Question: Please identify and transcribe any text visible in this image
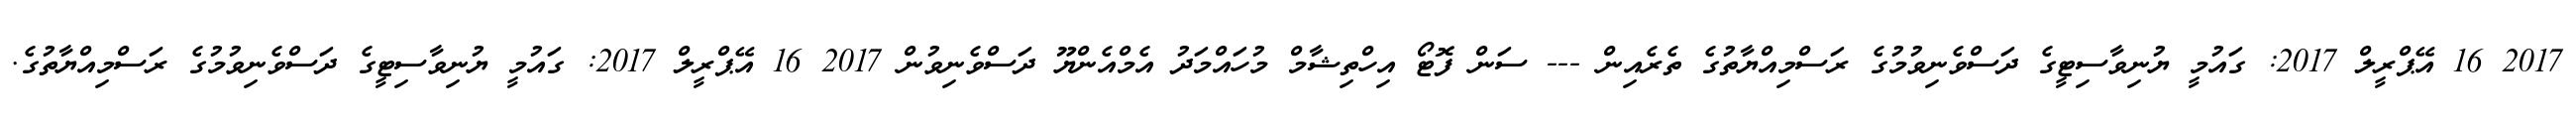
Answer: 2017 16 އޭޕްރީލް 2017: ގައުމީ ޔުނިވާސިޓީގެ ދަސްވެނިވުމުގެ ރަސްމިއްޔާތުގެ ތެރެއިން --- ސަން ފޮޓޯ އިހްތިޝާމް މުހައްމަދު އެމްއެންޔޫ ދަސްވެނިވުން 2017 16 އޭޕްރީލް 2017: ގައުމީ ޔުނިވާސިޓީގެ ދަސްވެނިވުމުގެ ރަސްމިއްޔާތުގެ.